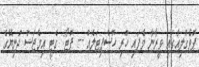
ޕޮވެގްލިއާގައި ވީރާނާ ވެފައި ހުރި ހޮސްޕިޓަލެއް -- ފޮޓޯ: ގެޓީ އިމެޖަސް ދުނިޔޭގެ